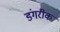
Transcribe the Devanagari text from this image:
डंगरीक